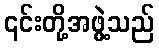
၎င်းတို့အဖွဲ့သည်